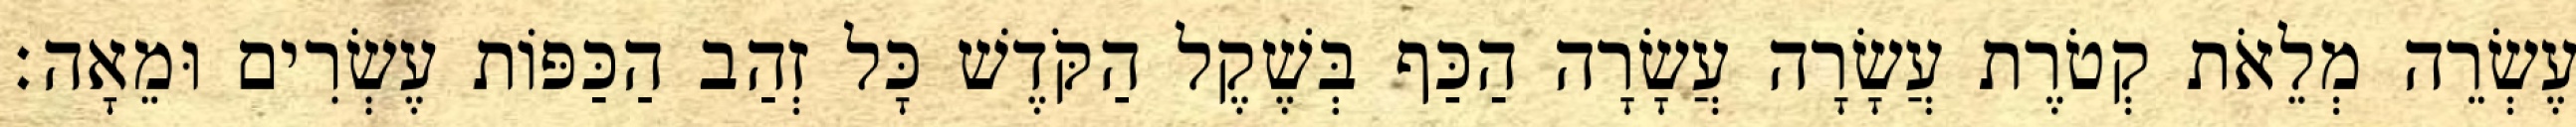
עֶשְׂרֵה מְלֵאֹת קְטֹרֶת עֲשָׂרָה עֲשָׂרָה הַכַּף בְּשֶׁקֶל הַקֹּדֶשׁ כָּל זְהַב הַכַּפּוֹת עֶשְׂרִים וּמֵאָה׃